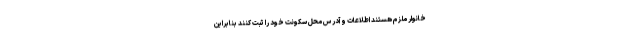
خانوار ملزم هستند اطلاعات و آدرس محل سکونت خود را ثبت کنند بنابراین